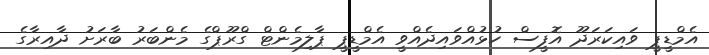
އެމްޑީޕީ ވައިކަރަދޫ އޮފީސް ހުޅުއްވައިދެއްވީ އެމްޑީޕީ ޕާލިމެންޓް ގްރޫޕްގެ މެންބަރު ބާރަށު ދާއިރާގެ